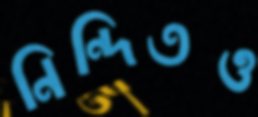
নিন্দিতও